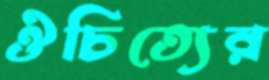
ঔচিত্যের